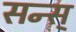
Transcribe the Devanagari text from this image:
सन्स्